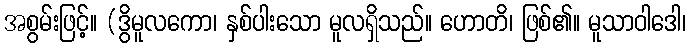
အစွမ်းဖြင့်။ (ဒွိမူလကော၊ နှစ်ပါးသော မူလရှိသည်။ ဟောတိ၊ ဖြစ်၏။ မူသာဝါဒေါ၊